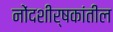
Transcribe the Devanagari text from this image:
नोंदशीर्षकांतील